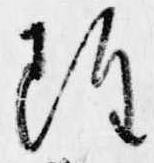
雖